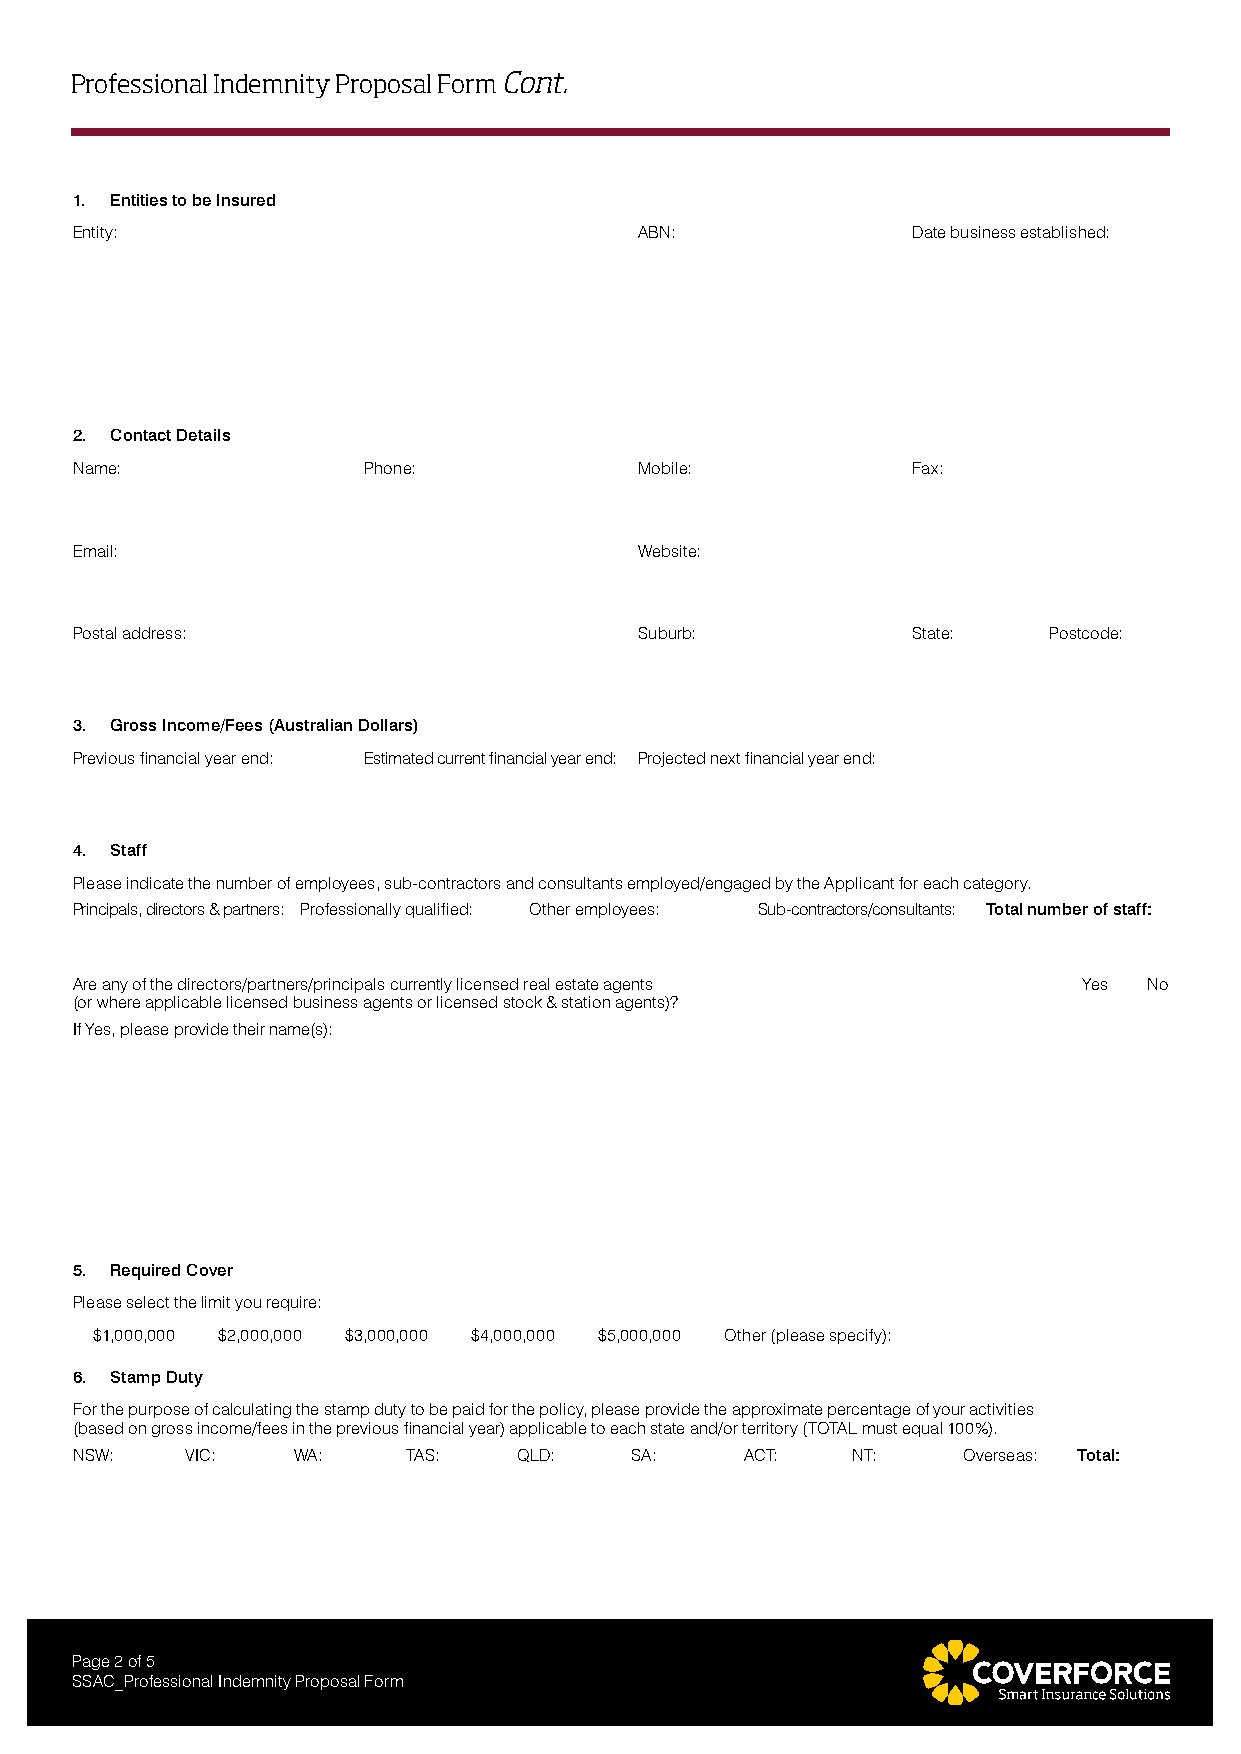
Professional Indemnity Proposal Form Cont.
 1. Entities to be Insured
 Entity:                              ABN:              Date business established:
 2. Contact Details
 Name:              Phone:            Mobile:           Fax:
 Email:                               Website:
 Postal address:                      Suburb:           State:   Postcode:
 3. Gross Income/Fees (Australian Dollars)
 Previous financial year end: Estimated current financial year end: Projected next financial year end:
 4. Staff
 Please indicate the number of employees, sub-contractors and consultants employed/engaged by the Applicant for each category.
 Principals, directors & partners: Professionally qualified: Other employees: Sub-contractors/consultants: Total number of staff:
 Are any of the directors/partners/principals currently licensed real estate agents Yes No
 (or where applicable licensed business agents or licensed stock & station agents)?
 If Yes, please provide their name(s):
 5. Required Cover
 Please select the limit you require:
 $1,000,000 $2,000,000 $3,000,000 $4,000,000 $5,000,000 Other (please specify):
 6. Stamp Duty
 For the purpose of calculating the stamp duty to be paid for the policy, please provide the approximate percentage of your activities
 (based on gross income/fees in the previous financial year) applicable to each state and/or territory (TOTAL must equal 100%).
 NSW:   VIC:   WA:     TAS:   QLD:    SA:    ACT:   NT:     Overseas: Total:
 Page 2 of 5
 SSAC_Professional Indemnity Proposal Form